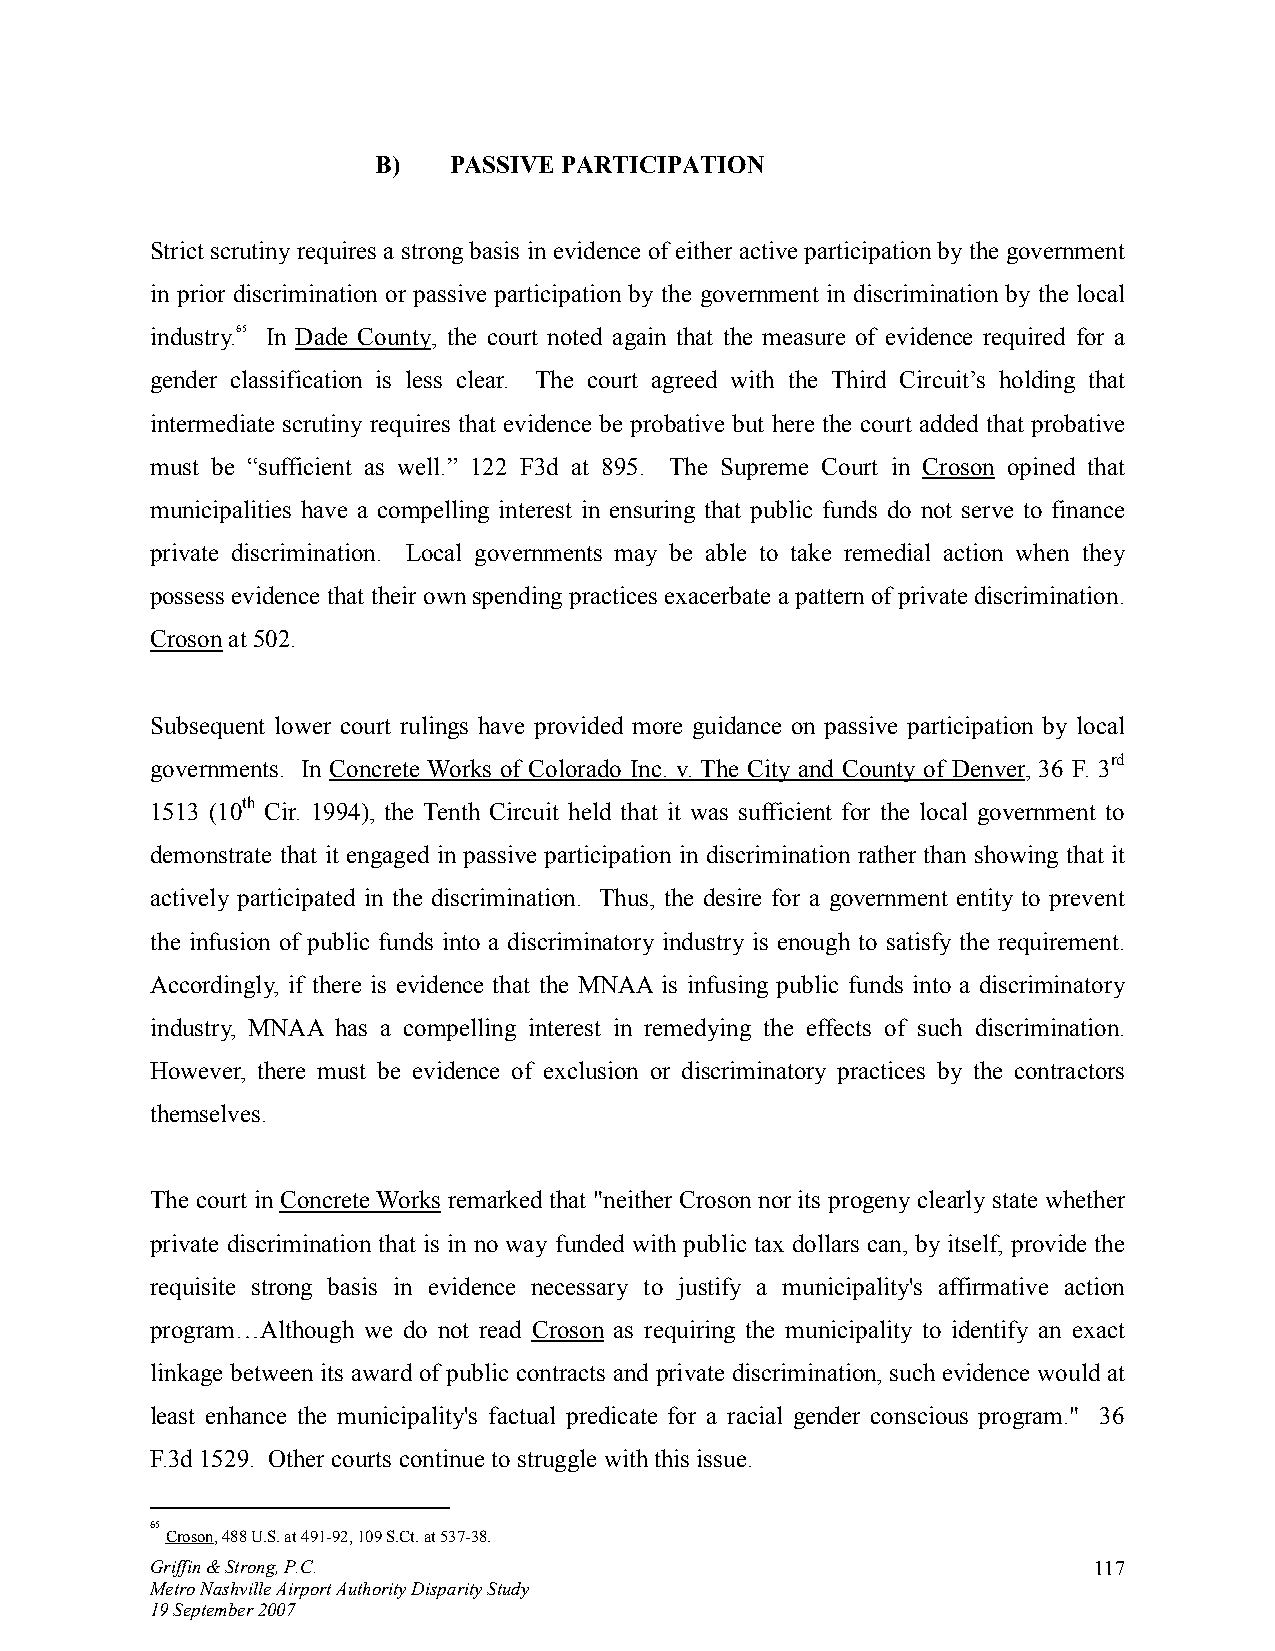
B)   PASSIVE PARTICIPATION
 Strict scrutiny requires a strong basis in evidence of either active participation by the government
 in prior discrimination or passive participation by the government in discrimination by the local
 industry.65 In Dade County, the court noted again that the measure of evidence required for a
 gender classification is less clear. The court agreed with the Third Circuit’s holding that
 intermediate scrutiny requires that evidence be probative but here the court added that probative
 must be “sufficient as well.” 122 F3d at 895. The Supreme Court in Croson opined that
 municipalities have a compelling interest in ensuring that public funds do not serve to finance
 private discrimination. Local governments may be able to take remedial action when they
 possess evidence that their own spending practices exacerbate a pattern of private discrimination.
 Croson at 502.
 Subsequent lower court rulings have provided more guidance on passive participation by local
 governments. In Concrete Works of Colorado Inc. v. The City and County of Denver, 36 F. 3rd
 1513 (10th Cir. 1994), the Tenth Circuit held that it was sufficient for the local government to
 demonstrate that it engaged in passive participation in discrimination rather than showing that it
 actively participated in the discrimination. Thus, the desire for a government entity to prevent
 the infusion of public funds into a discriminatory industry is enough to satisfy the requirement.
 Accordingly, if there is evidence that the MNAA is infusing public funds into a discriminatory
 industry, MNAA has a compelling interest in remedying the effects of such discrimination.
 However, there must be evidence of exclusion or discriminatory practices by the contractors
 themselves.
 The court in Concrete Works remarked that "neither Croson nor its progeny clearly state whether
 private discrimination that is in no way funded with public tax dollars can, by itself, provide the
 requisite strong basis in evidence necessary to justify a municipality's affirmative action
 program…Although we do not read Croson as requiring the municipality to identify an exact
 linkage between its award of public contracts and private discrimination, such evidence would at
 least enhance the municipality's factual predicate for a racial gender conscious program." 36
 F.3d 1529. Other courts continue to struggle with this issue.
 65
 Croson, 488 U.S. at 491-92, 109 S.Ct. at 537-38.
 Griffin & Strong, P.C.                                        117
 Metro Nashville Airport Authority Disparity Study
 19 September 2007